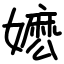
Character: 嬷